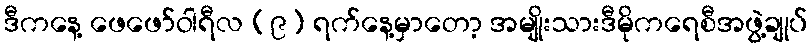
ဒီကနေ့ ဖေဖော်ဝါရီလ (၉) ရက်နေ့မှာတော့ အမျိုးသားဒီမိုကရေစီအဖွဲ့ချုပ်